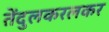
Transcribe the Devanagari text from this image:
तेंदुलकरलकर